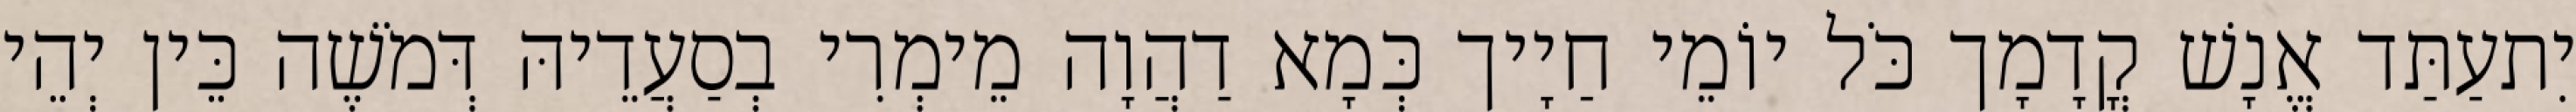
יִתעַתַּד אֱנָשׁ קֳדָמָך כֹּל יוֹמֵי חַיָיך כְּמָא דַהֲוָה מֵימְרִי בְסַעֲדֵיהּ דְּמֹשֶׁה כֵּין יְהֵי